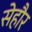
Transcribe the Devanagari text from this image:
सेहौर